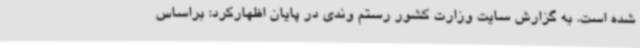
شده است. به گزارش سایت وزارت کشور رستم وندی در پایان اظهارکرد: براساس